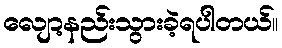
လျော့နည်းသွားခဲ့ရပါတယ်။